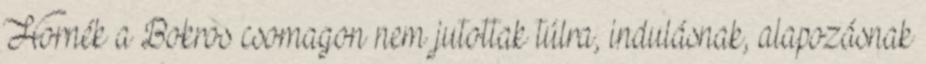
Hornék a Bokros csomagon nem jutottak túlra, indulásnak, alapozásnak